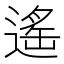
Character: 遙